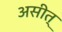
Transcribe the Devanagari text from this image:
असीत्